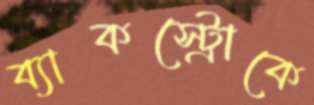
ব্যাকস্ট্রোকে